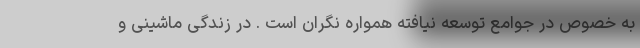
به خصوص در جوامع توسعه نیافته همواره نگران است . در زندگی ماشینی و